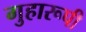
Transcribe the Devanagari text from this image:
गुहारूपी